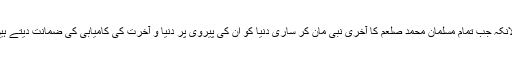
” کچھ لوگوں کیلئے تو یہ سوال ہی بڑی حیرت کا باعث ہے حالانکہ جب تمام مسلمان محمد صلعم کا آخری نبی مان کر ساری دنیا کو ان کی پیروی پر دنیا و آخرت کی کامیابی کی ضمانت دیتے ہیں تو اس بنیادی سوال کا جواب دیا جانا نہایت ضروری امر ہے۔